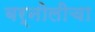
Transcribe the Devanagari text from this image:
बर्नोलीचा